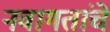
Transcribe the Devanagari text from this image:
नवागतांचे